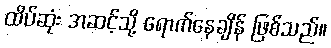
ထိပ်ဆုံး အဆင့်သို့ ရောက်နေချိန် ဖြစ်သည်။